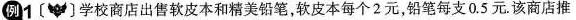
例1 学校商店出售软皮本和精美铅笔，软皮本每个2元，铅笔每支0.5元。该商店推